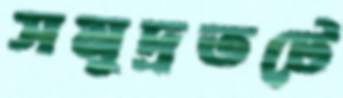
সমুদ্রতটে